Vaccine operations Central Provinces 1868-1885 - 1868-1885
Year: 1868
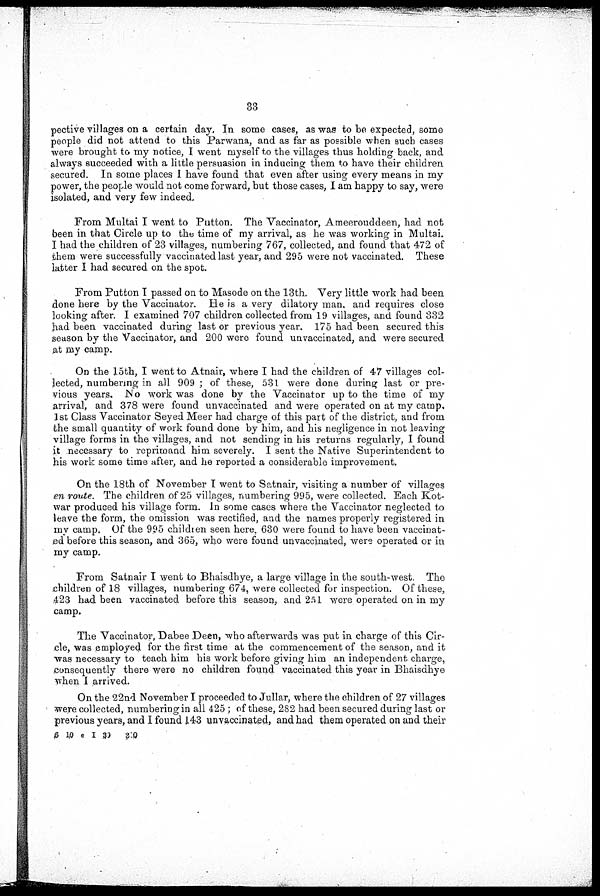
33
pective villages on a certain day. In some cases, as was to be expected, some
people did not attend to this Parwana, and as far as possible when such cases
were brought to my notice, I went myself to the villages thus holding back, and
always succeeded with a little persuasion in inducing them to have their children
secured. In some places I have found that even after using every means in my
power, the people would not come forward, but those cases, I am happy to say, were
isolated, and very few indeed.
From Multai I went to Putton. The Vaccinator, Ameerouddeen, had not
been in that Circle up to the time of my arrival, as he was working in Multai.
I had the children of 23 villages, numbering 767, collected, and found that 472 of
them were successfully vaccinated last year, and 295 were not vaccinated. These
latter I had secured on the spot.
From Putton I passed on to Masode on the 13th. Very little work had been
done here by the Vaccinator. He is a very dilatory man, and requires close
looking after. I examined 707 children collected from 19 villages, and found 332
had been vaccinated during last or previous year. 175 had been secured this
season by the Vaccinator, and 200 were found unvaccinated, and were secured
at my camp.
On the 15th, I went to Atnair, where I had the children of 47 villages col-
lected, numbering in all 909 ; of these, 531 were done during last or pre-
vious years. No work was done by the Vaccinator up to the time of my
arrival, and 378 were found unvaccinated and were operated on at my camp
1st Class Vaccinator Seyed Meer had charge of this part of the district, and from
the small quantity of work found done by him, and his negligence in not leaving
village forms in the villages, and not sending in his returns regularly, I found
it necessary to reprimand him severely. I sent the Native Superintendent to
his work some time after, and he reported a considerable improvement.
On the 18th of November I went to Satnair, visiting a number of villages
en route. The children of 25 villages, numbering 995, were collected. Each Kot-
war produced his village form. In some cases where the Vaccinator neglected to
leave the form, the omission was rectified, and the names properly registered in
my camp. Of the 995 children seen here, 630 were found to have been vaccinat-
ed before this season, and 365, who were found unvaccinated, were operated or in
my camp.
From Satnair I went to Bhaisdhye, a large village in the south-west The
children of 18 villages, numbering 674, were collected for inspection. Of these,
423 had been vaccinated before this season, and 251 were operated on in my
camp.
The Vaccinator, Dabee Deen, who afterwards was put in charge of this Cir-
cle, was employed for the first time at the commencement of the season, and it
was necessary to teach him his work before giving him an independent charge,
consequently there were no children found vaccinated this year in Bhaisdhye
when I arrived.
On the 22nd November I proceeded to Jullar, where the children of 27 villages
were collected, numbering in all 425 ; of these, 282 had been secured during last or
previous years, and I found 143 unvaccinated, and had them operated on and their
6 10 e I 39
2 0